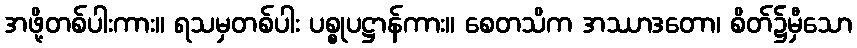
အဖို့တစ်ပါးကား။ ရသမှတစ်ပါး ပစ္စုပဋ္ဌာန်ကား။ စေတသိက အဿာဒတော၊ စိတ်၌မှီသော